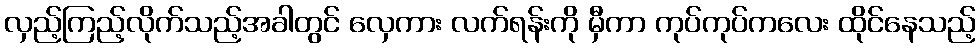
လှည့်ကြည့်လိုက်သည့်အခါတွင် လှေကား လက်ရန်းကို မှီကာ ကုပ်ကုပ်ကလေး ထိုင်နေသည့်